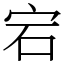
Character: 宕